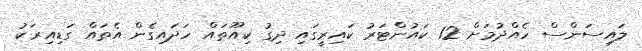
ލައިސަންސް ހެއްދުމަށް 12 ކައުންޓަރު ކައިރީގައި ދިގު ކިއޫތައް ހަދައިގެން އެތައް ގަޑިއިރަކު